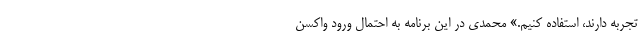
تجربه دارند، استفاده کنیم.» محمدی در این برنامه به احتمال ورود واکسن